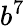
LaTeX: b^{7}